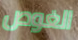
الغوص